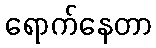
ရောက်နေတာ